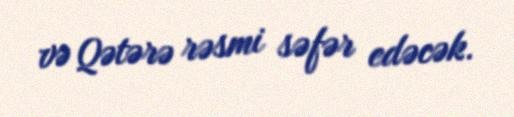
və Qətərə rəsmi səfər edəcək.